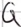
Text: G